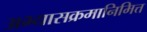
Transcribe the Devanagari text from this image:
अभ्यासक्रमानिमित्त